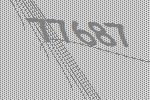
77687